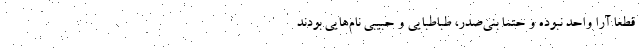
قطعا آرا واحد نبوده و حتما بنی‌صدر، طباطبایی و حبیبی نام‌هایی بودند